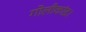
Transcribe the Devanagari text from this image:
गोलीकांड।